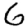
Digit: 6